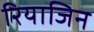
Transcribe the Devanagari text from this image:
रियाजिन